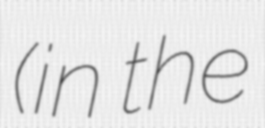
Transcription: (in the